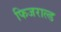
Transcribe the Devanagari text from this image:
फिजराल्ड